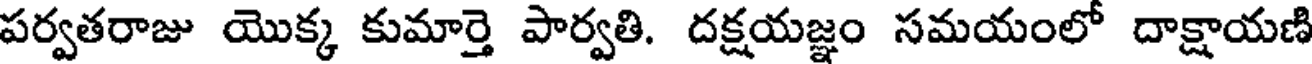
పర్వతరాజు యొక్క కుమార్తె పార్వతి. దక్షయజ్ఞం సమయంలో దాక్షాయణి